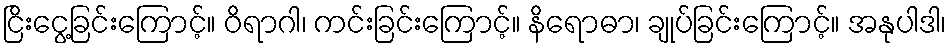
ငြိးငွေ့ခြင်းကြောင့်။ ဝိရာဂါ၊ ကင်းခြင်းကြောင့်။ နိရောဓာ၊ ချုပ်ခြင်းကြောင့်။ အနုပါဒါ၊